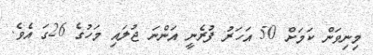
މިނިވަން ކަމަށް 50 އަހަރު ފުރެނީ އަންނަ ޖުލައި މަހުގެ 26ގަ އެވެ.